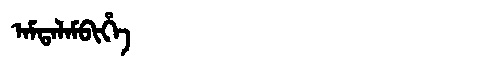
Manchu: ᠠᠮᡨᠠᠯᠠᠮᠪᡳᡥᡝ
Romanization: AMTALAMBIHE